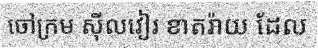
ចៅក្រម ស៊ីលវៀរ ខាតរ៉ាយ ដែល